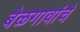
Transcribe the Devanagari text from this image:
बेळगावांचे